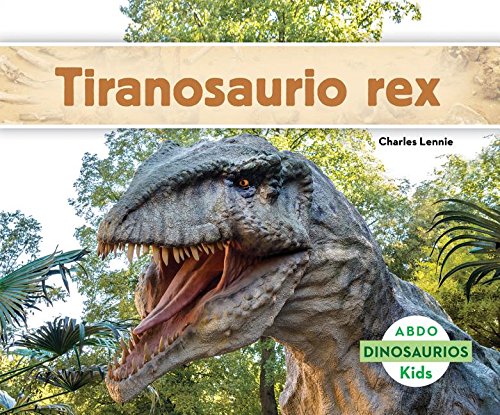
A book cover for Tiranosaurio rex / Tyrannosaurus rex (Dinosaurios / Dinosaurs) (Spanish Edition); Charles Lennie; Children's Books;